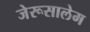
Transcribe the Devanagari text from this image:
जेरूसालेम